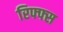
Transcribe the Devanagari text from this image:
रिफ्फ्स